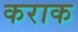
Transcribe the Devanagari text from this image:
कराक